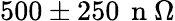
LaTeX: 500\pm 250\, \mathrm{~n~}\Omega